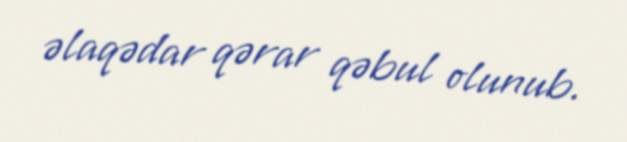
əlaqədar qərar qəbul olunub.